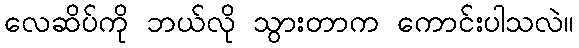
လေဆိပ်ကို ဘယ်လို သွားတာက ကောင်းပါသလဲ။